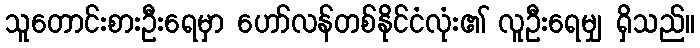
သူတောင်းစားဦးရေမှာ ဟော်လန်တစ်နိုင်ငံလုံး၏ လူဦးရေမျှ ရှိသည်။